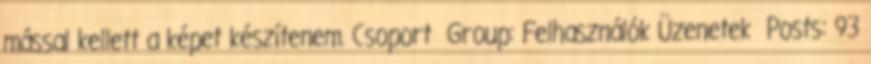
mással kellett a képet készítenem. Csoport Group: Felhasználók Üzenetek Posts: 93